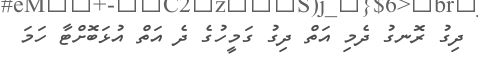
ދިގު ރޮނގު ދެމި އަތް ދިގު ގަމީހުގެ ދެ އަތް އުޅަބޮށްޓާ ހަމަ